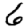
Digit: 6